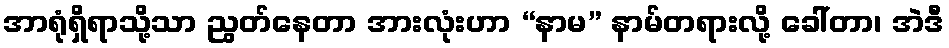
အာရုံရှိရာသို့သာ ညွတ်နေတာ အားလုံးဟာ “နာမ” နာမ်တရားလို့ ခေါ်တာ၊ အဲဒီ